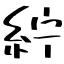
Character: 紵